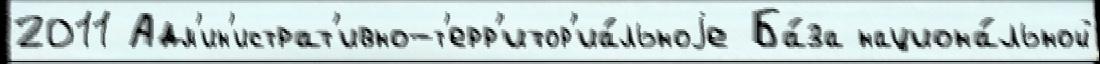
2011 Адм'ин'истрат'ивно-т'ерр'итор'иа́льноjе Ба́за национа́льной